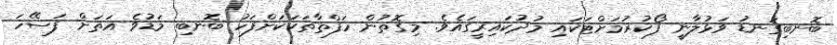
ބޮނބިގަނޑު ވަޅުލާނީ ފޯކުރުމަށްޓަކައި މުދުކައިރީގައެވެ. މިގޮތުން ހަފްތާތަކަކަށްފަހު ބޮނބި މަޑުވެ އަތަށް ފަސޭހަ